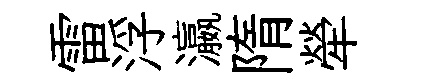
雷浮瀛隋犖